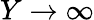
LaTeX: Y\rightarrow\infty